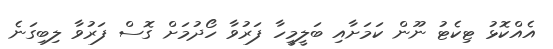
އެއްކޮޅު ޓިކެޓު ނޫން ކަމަށާއި ބަލީމީހާ ފަރުވާ ހޯދުމަށް ގޮސް ފަރުވާ ލިބިގަނެ